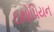
ઇથોપિયન